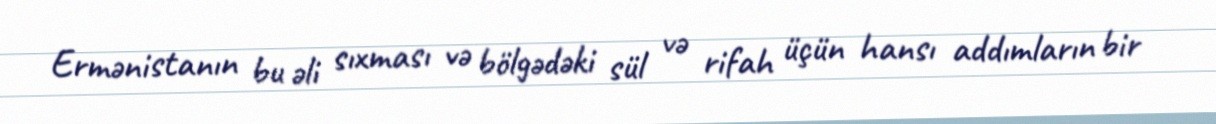
Ermənistanın bu əli sıxması və bölgədəki sül və rifah üçün hansı addımların bir